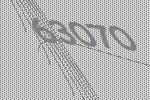
63070